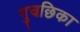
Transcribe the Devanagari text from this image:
गुचछिका